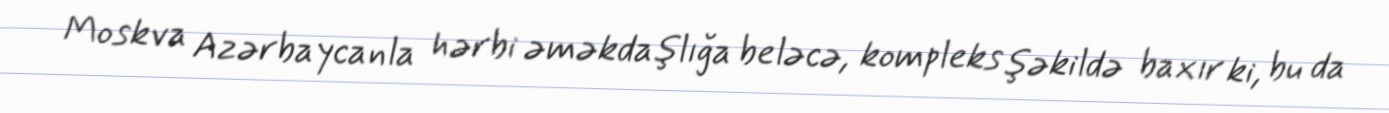
Moskva Azərbaycanla hərbi əməkdaşlığa beləcə, kompleks şəkildə baxır ki, bu da